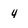
Character: 4